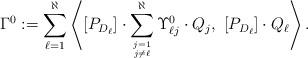
LaTeX: \begin{align*}\Gamma^0:=\sum_{\ell = 1}^\aleph\left\langle [P_{D_\ell}]\cdot\sum_{j=1 \atop j \neq \ell}^\aleph\Upsilon_{\ell j}^0\cdot Q_j, \ [P_{D_\ell}] \cdot Q_\ell\right\rangle.\end{align*}